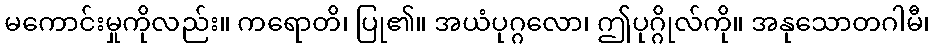
မကောင်းမှုကိုလည်း။ ကရောတိ၊ ပြု၏။ အယံပုဂ္ဂလော၊ ဤပုဂ္ဂိုလ်ကို။ အနုသောတဂါမီ၊